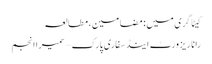
کیٹاگری میں : مضامین، مطالعہ
رانا ریزورٹ اینڈ سفاری پارک – سمیرا انجم